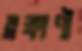
ব্রহ্মাণী